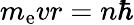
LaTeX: m_{\mathrm{e}}vr=n\hbar